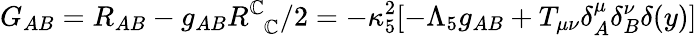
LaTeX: G_{AB}=R_{AB}-g_{AB}R_{\phantom{\mathbb{C}}\mathbb{C}}^{\mathbb{C}}/2=-\kappa_{5}^{2}[-\Lambda_{5}g_{AB}+T_{\mu\nu}\delta_{A}^{\mu}\delta_{B}^{\nu}\delta(y)]